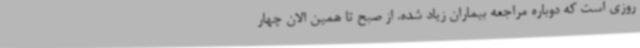
روزی است که دوباره مراجعه بیماران زیاد شده. از صبح تا همین الان چهار